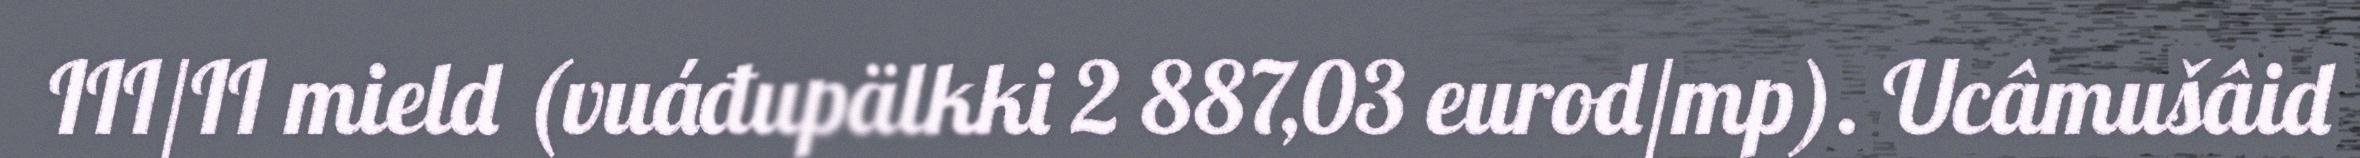
III/II mield (vuáđupälkki 2 887,03 eurod/mp). Ucâmušâid